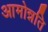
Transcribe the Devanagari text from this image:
आमोन्नति